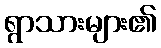
ရွာသားများ၏